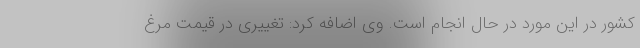
کشور در این مورد در حال انجام است. وی اضافه کرد: تغییری در قیمت مرغ